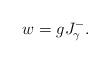
LaTeX: \begin{align*} w = g J_\gamma^-. \end{align*}